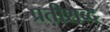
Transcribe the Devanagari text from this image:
प्रतीशब्द